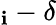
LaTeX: _\mathbf{i}-\delta